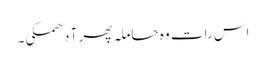
اس رات وہ حاملہ پھر آ دھمکی۔